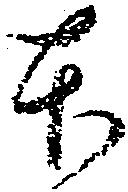
本